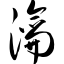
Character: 瀹